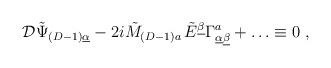
LaTeX: \begin{align*}{\cal D} \tilde{\Psi}_{(D-1)\underline{\alpha}} - 2i \tilde{M}_{(D-1) a}\, \tilde{E}^{\underline{\beta}}\Gamma^a_{\underline{\alpha}\underline{\beta}} + \ldots \equiv 0\; ,\end{align*}